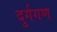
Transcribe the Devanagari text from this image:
दुर्गगण